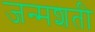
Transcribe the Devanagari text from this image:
जन्‍मशती